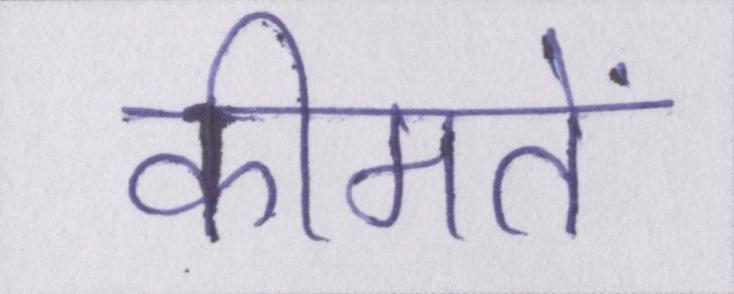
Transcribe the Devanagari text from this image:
कीमतें